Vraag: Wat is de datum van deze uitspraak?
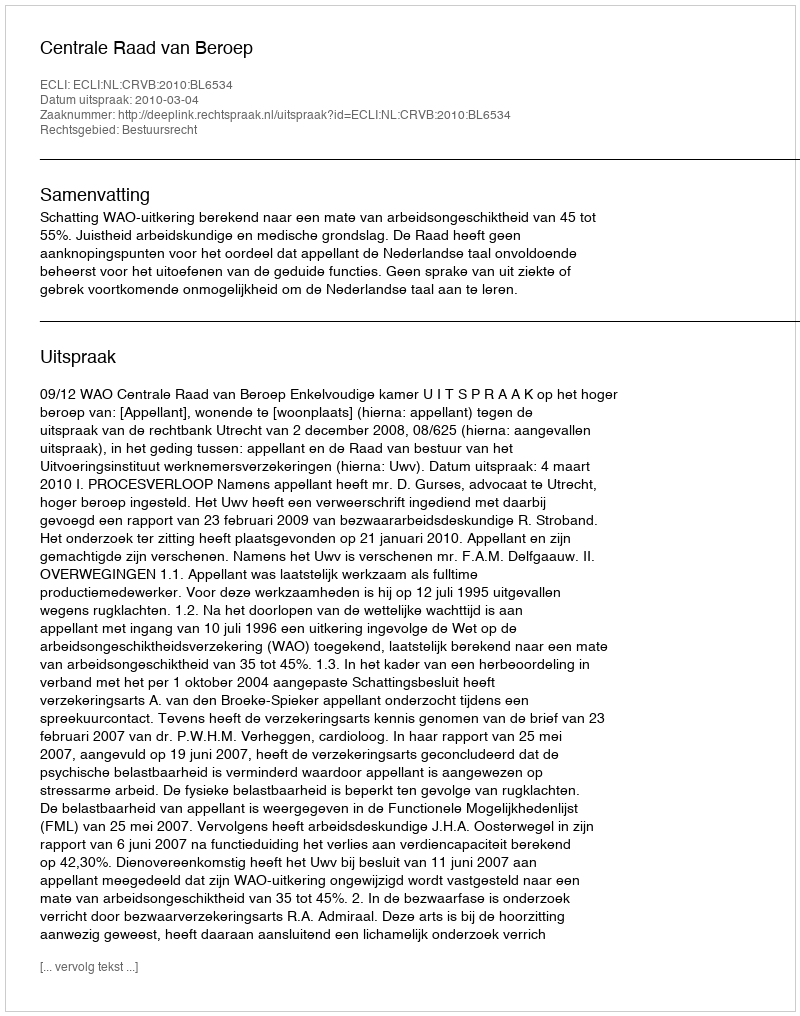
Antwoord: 2010-03-04